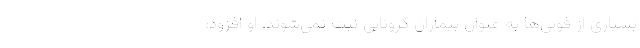
بسیاری از فوتی‌ها به عنوان بیماران کرونایی ثبت نمی‌شوند. او افزود: